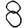
Digit: 8